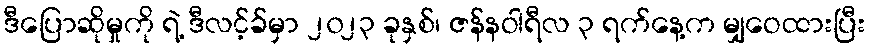
ဒီပြောဆိုမှုကို ရဲ့ ဒီလင့်ခ်မှာ ၂၀၂၃ ခုနှစ်၊ ဇန်နဝါရီလ ၃ ရက်နေ့က မျှဝေထားပြီး